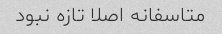
متاسفانه اصلا تازه نبود